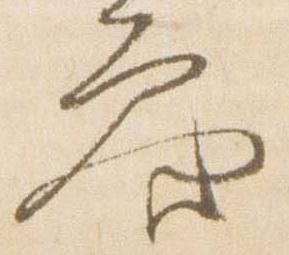
参